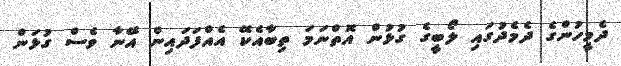
ދެމީހުންގެ ދެމެދުގައި ލޯބީގެ ގުޅުން އޮތްނަމަ ތިބާއެކޭ އެއްފަދައިން އޭނާ ވެސް ގުޅަން